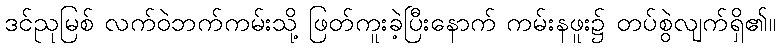
ဒင်ညုမြစ် လက်ဝဲဘက်ကမ်းသို့ ဖြတ်ကူးခဲ့ပြီးနောက် ကမ်းနဖူး၌ တပ်စွဲလျက်ရှိ၏။